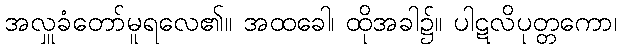
အလှူခံတော်မူရလေ၏။ အထခေါ၊ ထိုအခါ၌။ ပါဋလိပုတ္တကော၊